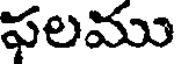
ఫలము